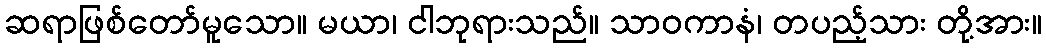
ဆရာဖြစ်တော်မူသော။ မယာ၊ ငါဘုရားသည်။ သာဝကာနံ၊ တပည့်သား တို့အား။